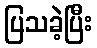
ပြသခဲ့ပြီး